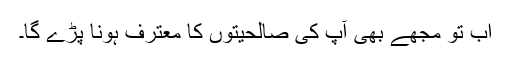
اب تو مجھے بھی آپ کی صالحیتوں کا معترف ہونا پڑے گا۔